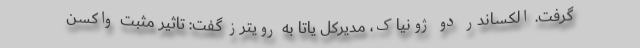
گرفت. الکساندر دو ژونیاک، مدیرکل یاتا به رویترز گفت: تاثیر مثبت واکسن